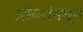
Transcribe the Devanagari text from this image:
ओव्यांमधून